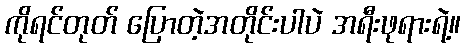
ကိုရင်တုတ် ပြောတဲ့အတိုင်းပါပဲ အရီးဖုရားရဲ့။